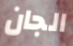
الجان